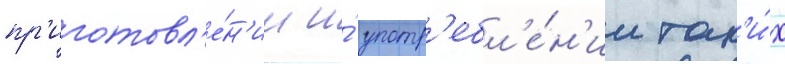
пр'иготовл'е́н'ии и́ употр'ебл'е́н'ии так'и́х